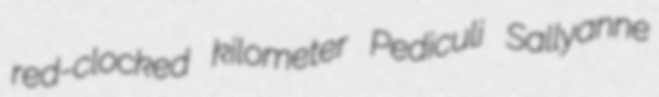
red-clocked kilometer Pediculi Sallyanne